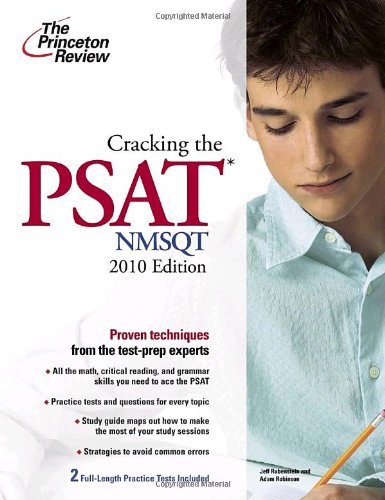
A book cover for Cracking the PSAT/NMSQT, 2010 Edition (College Test Preparation); Princeton Review; Test Preparation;